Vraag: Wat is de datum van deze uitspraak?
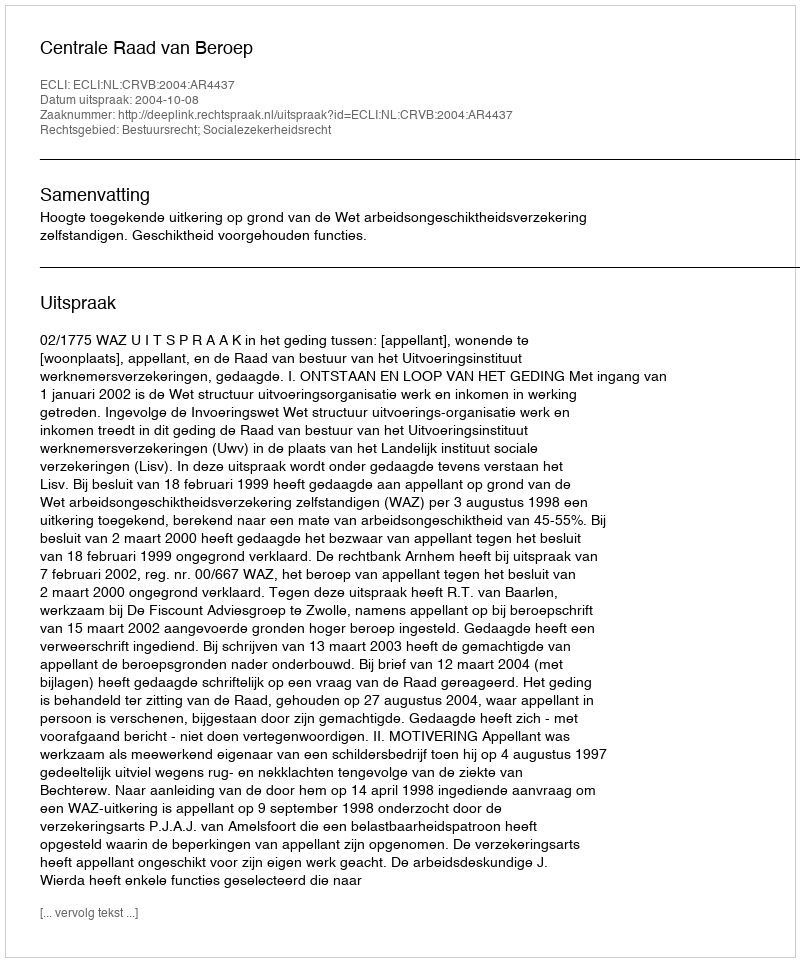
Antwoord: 2004-10-08